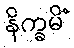
နိက္ခမိံ